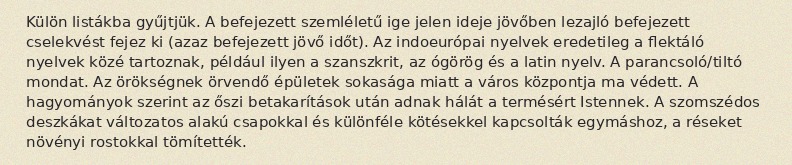
Külön listákba gyűjtjük. A befejezett szemléletű ige jelen ideje jövőben lezajló befejezett cselekvést fejez ki (azaz befejezett jövő időt). Az indoeurópai nyelvek eredetileg a flektáló nyelvek közé tartoznak, például ilyen a szanszkrit, az ógörög és a latin nyelv. A parancsoló/tiltó mondat. Az örökségnek örvendő épületek sokasága miatt a város központja ma védett. A hagyományok szerint az őszi betakarítások után adnak hálát a termésért Istennek. A szomszédos deszkákat változatos alakú csapokkal és különféle kötésekkel kapcsolták egymáshoz, a réseket növényi rostokkal tömítették.